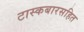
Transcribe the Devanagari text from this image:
टास्कबारसहित